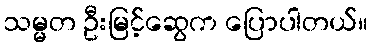
သမ္မတ ဦးမြင့်ဆွေက ပြောပါတယ်။